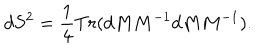
d S ^ { 2 } = \frac { 1 } { 4 } T r ( d M M ^ { - 1 } d M M ^ { - 1 } ) .